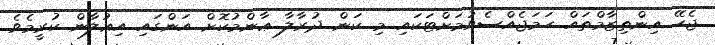
ޖެހޭ އިންތިޒާމްތައް ހަމަޖެއްސެވުމަށްޓަކައި މި ކަން ދުރާލާ ޢާންމުކޮށް އަންގައި އިޢުލާން ކުރީމެވެ.